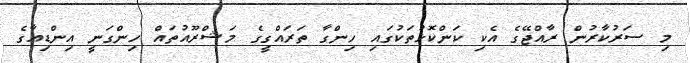
މި ސަރުކާރުން ރާއްޖޭގެ އެކި ކަންކޮޅުތަކުގައި ހިންގާ ތަރައްގީގެ މަޝްރޫއުތައް ހިންގަނީ އިންޑިއާގެ